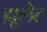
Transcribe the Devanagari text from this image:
ह्यूलेट